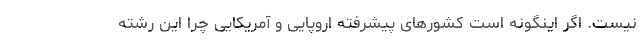
نیست. اگر اینگونه است کشورهای پیشرفته اروپایی و آمریکایی چرا این رشته